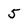
Character: 5